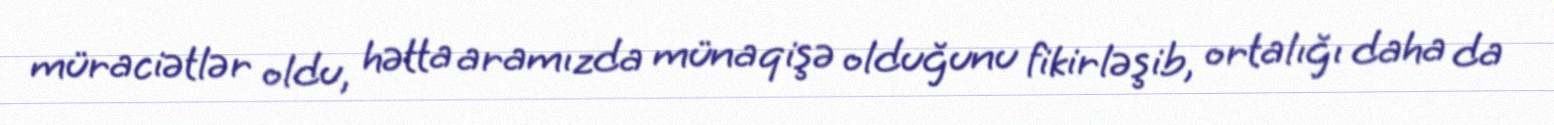
müraciətlər oldu, hətta aramızda münaqişə olduğunu fikirləşib, ortalığı daha da